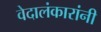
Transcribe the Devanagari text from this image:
वेदालंकारांनी